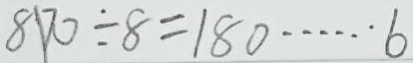
8 1 7 0 \div 8 = 1 8 0 \cdots 6